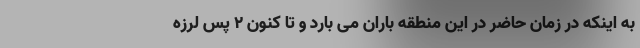
به اینکه در زمان حاضر در این منطقه باران می بارد و تا کنون ۲ پس لرزه